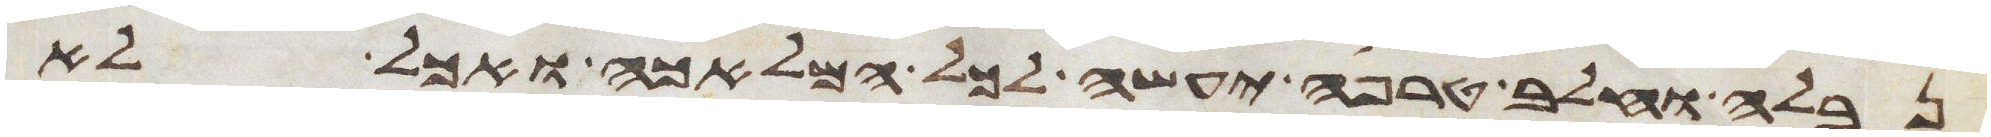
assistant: נבלה וחלב טרפה יעשה לכל המלאכה ואכל לא